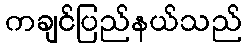
ကချင်ပြည်နယ်သည်